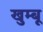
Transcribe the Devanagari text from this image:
खुम्बू